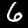
Digit: 6